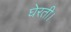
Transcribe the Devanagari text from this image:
घेरती।